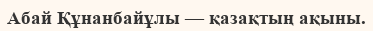
Абай Құнанбайұлы — қазақтың ақыны.